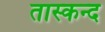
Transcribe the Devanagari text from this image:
तास्कन्द